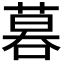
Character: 𠻚